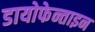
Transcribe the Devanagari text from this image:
डायोफेन्ताइन